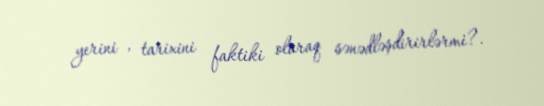
yerini , tarixini faktiki olaraq sənədləşdirirlərmi?.